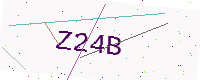
Text: Z24B